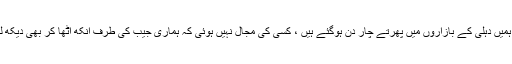
آج ہمیں دہلی کے بازاروں میں پھرتے چار دن ہوگئے ہیں ، کسی کی مجال نہیں ہوئی کہ ہماری جیب کی طرف آنکھ اٹھا کر بھی دیکھ لے۔